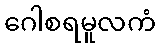
ဂေါစရမူလကံ